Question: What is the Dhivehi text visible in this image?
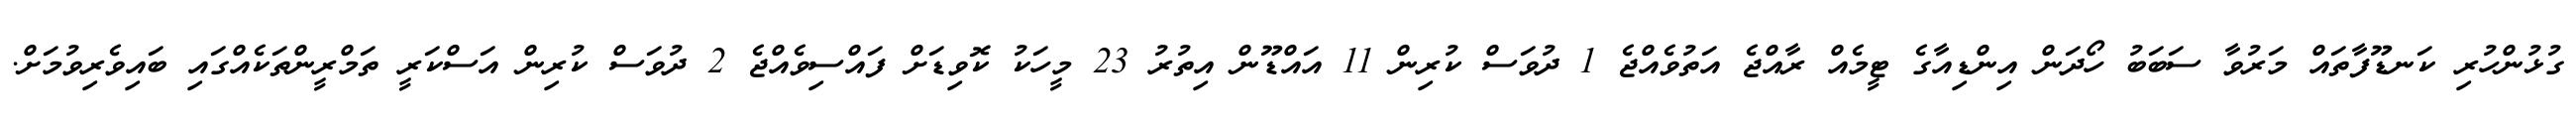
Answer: ގުޅުންހުރި ކަނޑޫފާތައް މަރުވާ ސަބަބު ހޯދަން އިންޑިއާގެ ޓީމެއް ރާއްޖެ އަތުވެއްޖެ 1 ދުވަސް ކުރިން 11 އައްޑޫން އިތުރު 23 މީހަކު ކޮވިޑަށް ފައްސިވެއްޖެ 2 ދުވަސް ކުރިން އަސްކަރީ ތަމްރީންތަކެއްގައި ބައިވެރިވުމަށް.